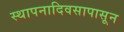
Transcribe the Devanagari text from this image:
स्थापनादिवसापासून